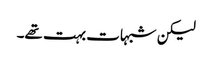
لیکن شبہات بہت تھے۔